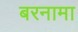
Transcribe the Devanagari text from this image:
बरनामा